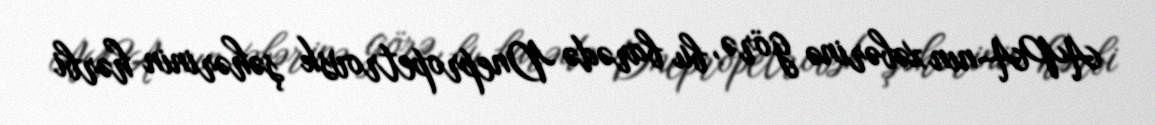
APA-nın xəbərinə görə, bu barədə Dnepropetrovsk şəhərinin hərbi